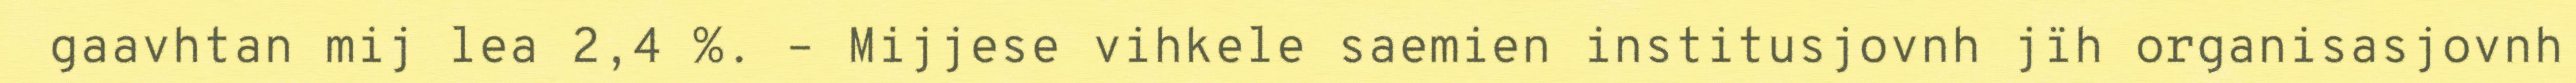
gaavhtan mij lea 2,4 %. – Mijjese vihkele saemien institusjovnh jïh organisasjovnh